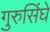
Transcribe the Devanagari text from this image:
गुरुसिंघे